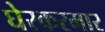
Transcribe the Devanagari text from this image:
घेरकरमार